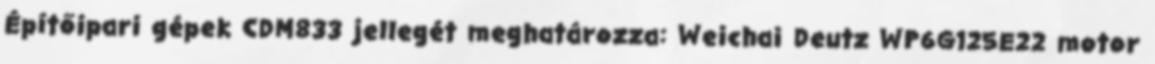
Építőipari gépek CDM833 jellegét meghatározza: Weichai Deutz WP6G125E22 motor